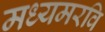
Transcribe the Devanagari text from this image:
मध्यमरवि